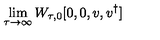
\lim _ { \tau \rightarrow \infty } W _ { \tau , 0 } [ 0 , 0 , { v } , { v } ^ { \dagger } ]